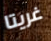
غريتا